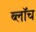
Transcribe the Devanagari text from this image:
ब्लाॅच